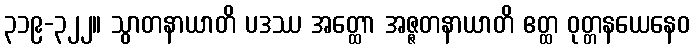
၃၁၉-၃၂၂။ သွာတနာယာတိ ပဒဿ အတ္ထော အဇ္ဇတနာယာတိ ဧတ္ထ ဝုတ္တနယေနေဝ